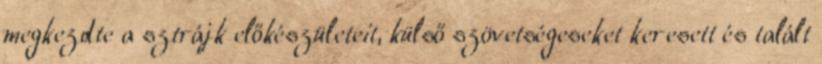
megkezdte a sztrájk előkészületeit, külső szövetségeseket keresett és talált